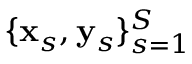
\{ \mathbf { x } _ { s } , \mathbf { y } _ { s } \} _ { s = 1 } ^ { S }